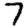
Digit: 7